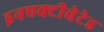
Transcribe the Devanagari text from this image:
इनएक्टीवेटेड